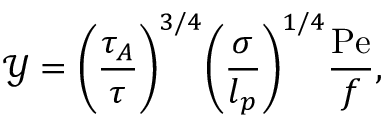
\mathcal { Y } = \biggl ( \frac { \tau _ { A } } { \tau } \biggr ) ^ { 3 / 4 } \biggl ( \frac { \sigma } { l _ { p } } \biggr ) ^ { 1 / 4 } \frac { \mathrm { P e } } { f } ,